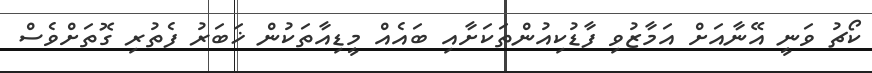
ކޯޗު ވަނީ އޭނާއަށް އަމާޒުވި ފާޑުކިއުންތަކަށާއި ބައެއް މީޑިއާތަކުން ޚަބަރު ފެތުރި ގޮތަށްވެސް